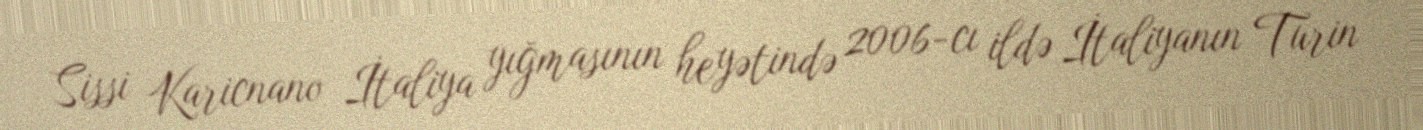
Sissi Karicnano İtaliya yığmasının heyətində 2006-cı ildə İtaliyanın Turin